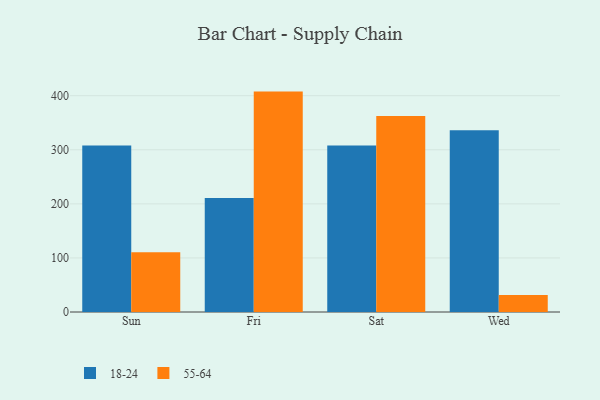
{"axis": {"x": "Day", "y": "Operating Costs (USD K)"}, "legend": ["18-24", "55-64"], "data": [{"x": "Sun", "y": 307.8, "type": "18-24"}, {"x": "Sun", "y": 110.4, "type": "55-64"}, {"x": "Fri", "y": 210.8, "type": "18-24"}, {"x": "Fri", "y": 407.6, "type": "55-64"}, {"x": "Sat", "y": 308.0, "type": "18-24"}, {"x": "Sat", "y": 362.5, "type": "55-64"}, {"x": "Wed", "y": 336.0, "type": "18-24"}, {"x": "Wed", "y": 31.6, "type": "55-64"}]}